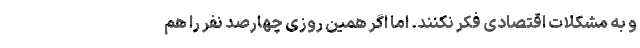
و به مشکلات اقتصادی فکر نکنند. اما اگر همین روزی چهارصد نفر را هم